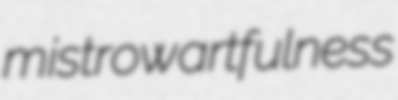
mistrow artfulness